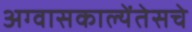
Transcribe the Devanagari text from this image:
अग्वासकाल्येंतेसचे